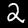
Label: 2